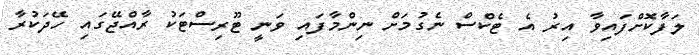
ލަފާކޮށްފައިވާ އިރު އެ ޓެކްސް ނެގުމަށް ނިންމާފައި ވަނީ ޓޫރިސްޓަކު ރާއްޖޭގައި ހޭދަކުރާ